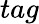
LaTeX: tag